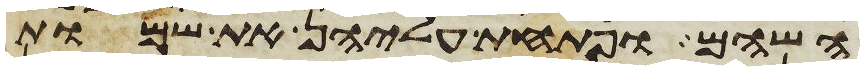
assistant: השהם ופתחת עליהן את שמות